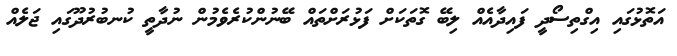
އަތޮޅުގައި އިގްތިސޯދީ ފައިދާއެއް ލިބޭ ގޮތަކަށް ފަޅުރަށްތައް ބޭނުންކުރެވެމުން ނުދާތީ ކުނބުރުދޫގައި ޖަލެއް